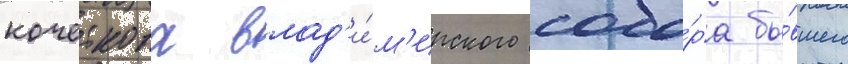
кочеткова влад'и́м'ирского собо́ра бы́вшего